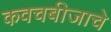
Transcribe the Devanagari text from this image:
कवचबीजाचे